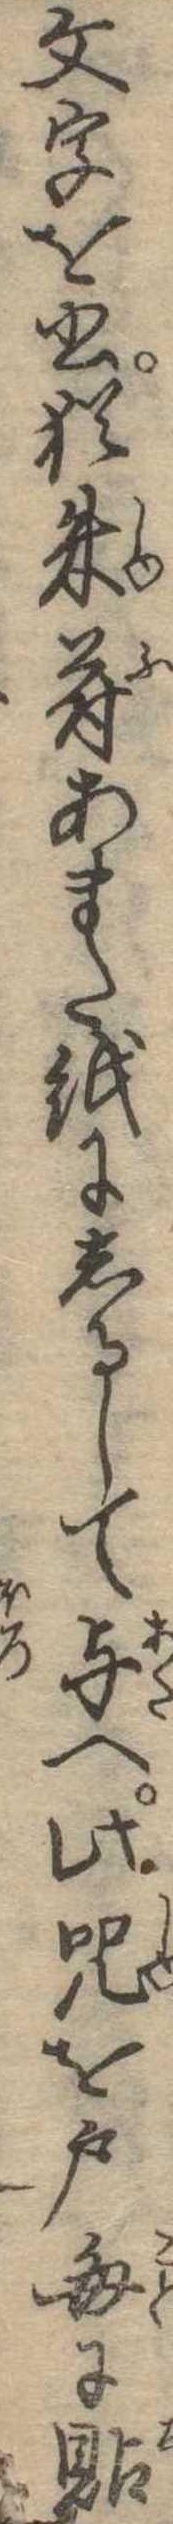
文字を書猶朱符あまた紙にしるして与へ此呪を戸毎に貼